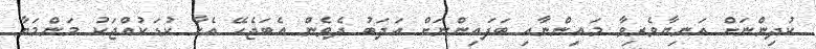
ކުދިންނަށް އަނިޔާވެރިވާ މައިންނާއި ބަފައިންނަށް އަދަބު ދެވެން އެބަޖެހޭ އެހާ ކުޑަކުއްޖަކު މަންމަޔާ